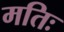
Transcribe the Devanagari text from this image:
मतिः